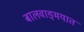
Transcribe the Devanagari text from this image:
बालवाङ्‌मयात